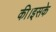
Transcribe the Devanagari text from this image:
की।इसके